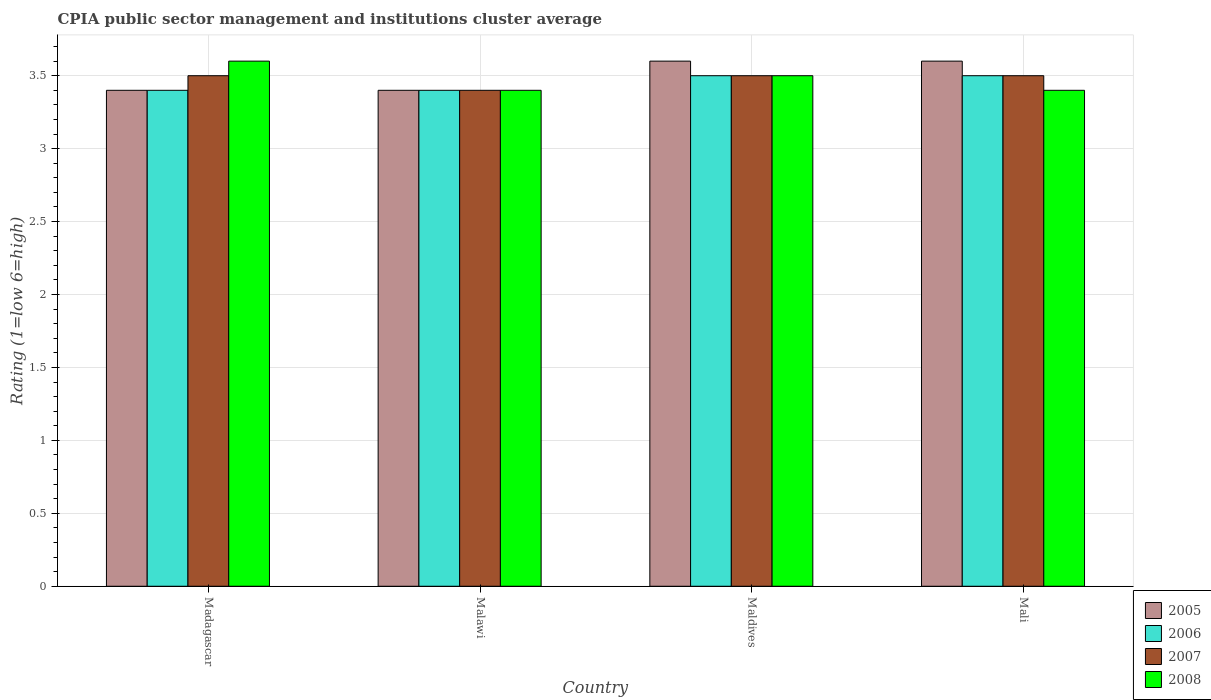
| Country | 2005 | 2006 | 2007 | 2008 |
 | --- | --- | --- | --- | --- |
 | Madagascar | 3.4 | 3.4 | 3.5 | 3.6 |
 | Malawi | 3.4 | 3.4 | 3.4 | 3.4 |
 | Maldives | 3.6 | 3.5 | 3.5 | 3.5 |
 | Mali | 3.6 | 3.5 | 3.5 | 3.4 |